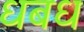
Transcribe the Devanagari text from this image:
धबध